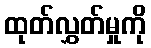
ထုတ်လွှတ်မှုကို